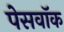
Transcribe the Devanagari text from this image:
पेसवॉक